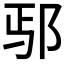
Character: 𫑚